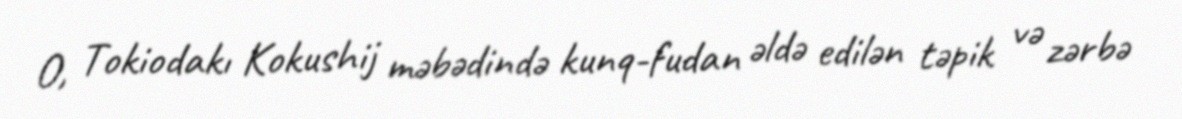
O, Tokiodakı Kokushij məbədində kunq-fudan əldə edilən təpik və zərbə